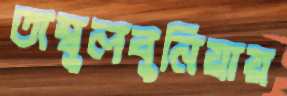
তাম্বুলবুনিয়ায়